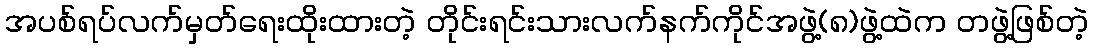
အပစ်ရပ်လက်မှတ်ရေးထိုးထားတဲ့ တိုင်းရင်းသားလက်နက်ကိုင်အဖွဲ့(၈)ဖွဲ့ထဲက တဖွဲ့ဖြစ်တဲ့